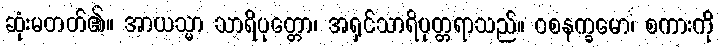
ဆုံးမတတ်၏။ အာယသ္မာ သာရိပုတ္တော၊ အရှင်သာရိပုတ္တရာသည်။ ဝစနက္ခမော၊ စကားကို